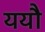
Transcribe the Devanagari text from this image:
ययौ